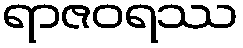
ရာဇဝရဿ